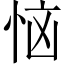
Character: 恼